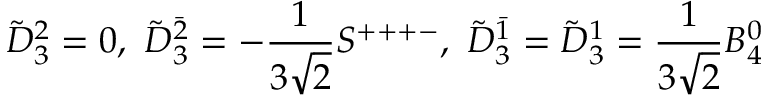
\tilde { D } _ { 3 } ^ { 2 } = 0 , \ \tilde { D } _ { 3 } ^ { \bar { 2 } } = - \frac { 1 } { 3 \sqrt { 2 } } S ^ { + + + - } , \ \tilde { D } _ { 3 } ^ { \bar { 1 } } = \tilde { D } _ { 3 } ^ { 1 } = \frac { 1 } { 3 \sqrt { 2 } } B _ { 4 } ^ { 0 }